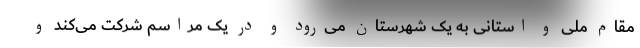
مقام ملی و استانی به یک شهرستان می‌رود و در یک مراسم شرکت می‌کند و